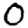
Digit: 0